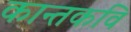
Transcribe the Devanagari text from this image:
कान्तकवि